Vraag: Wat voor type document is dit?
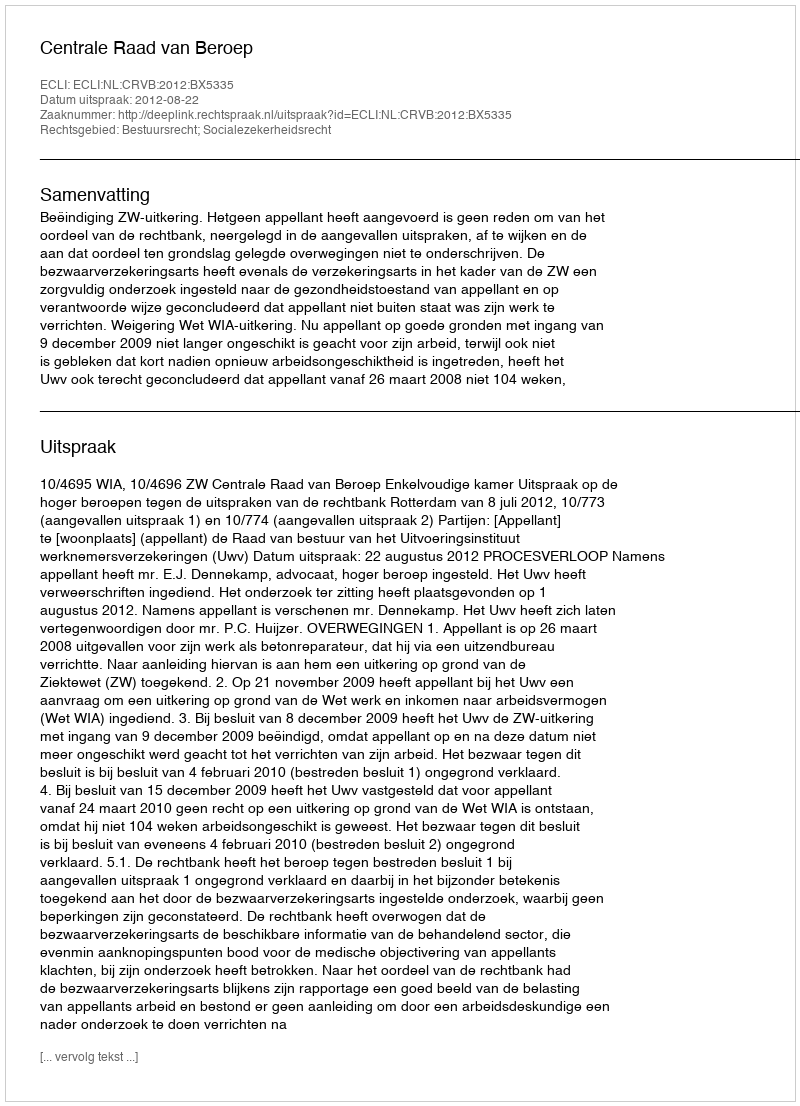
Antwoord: Uitspraak